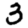
Digit: 3